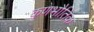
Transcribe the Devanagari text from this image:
कणभौतिक